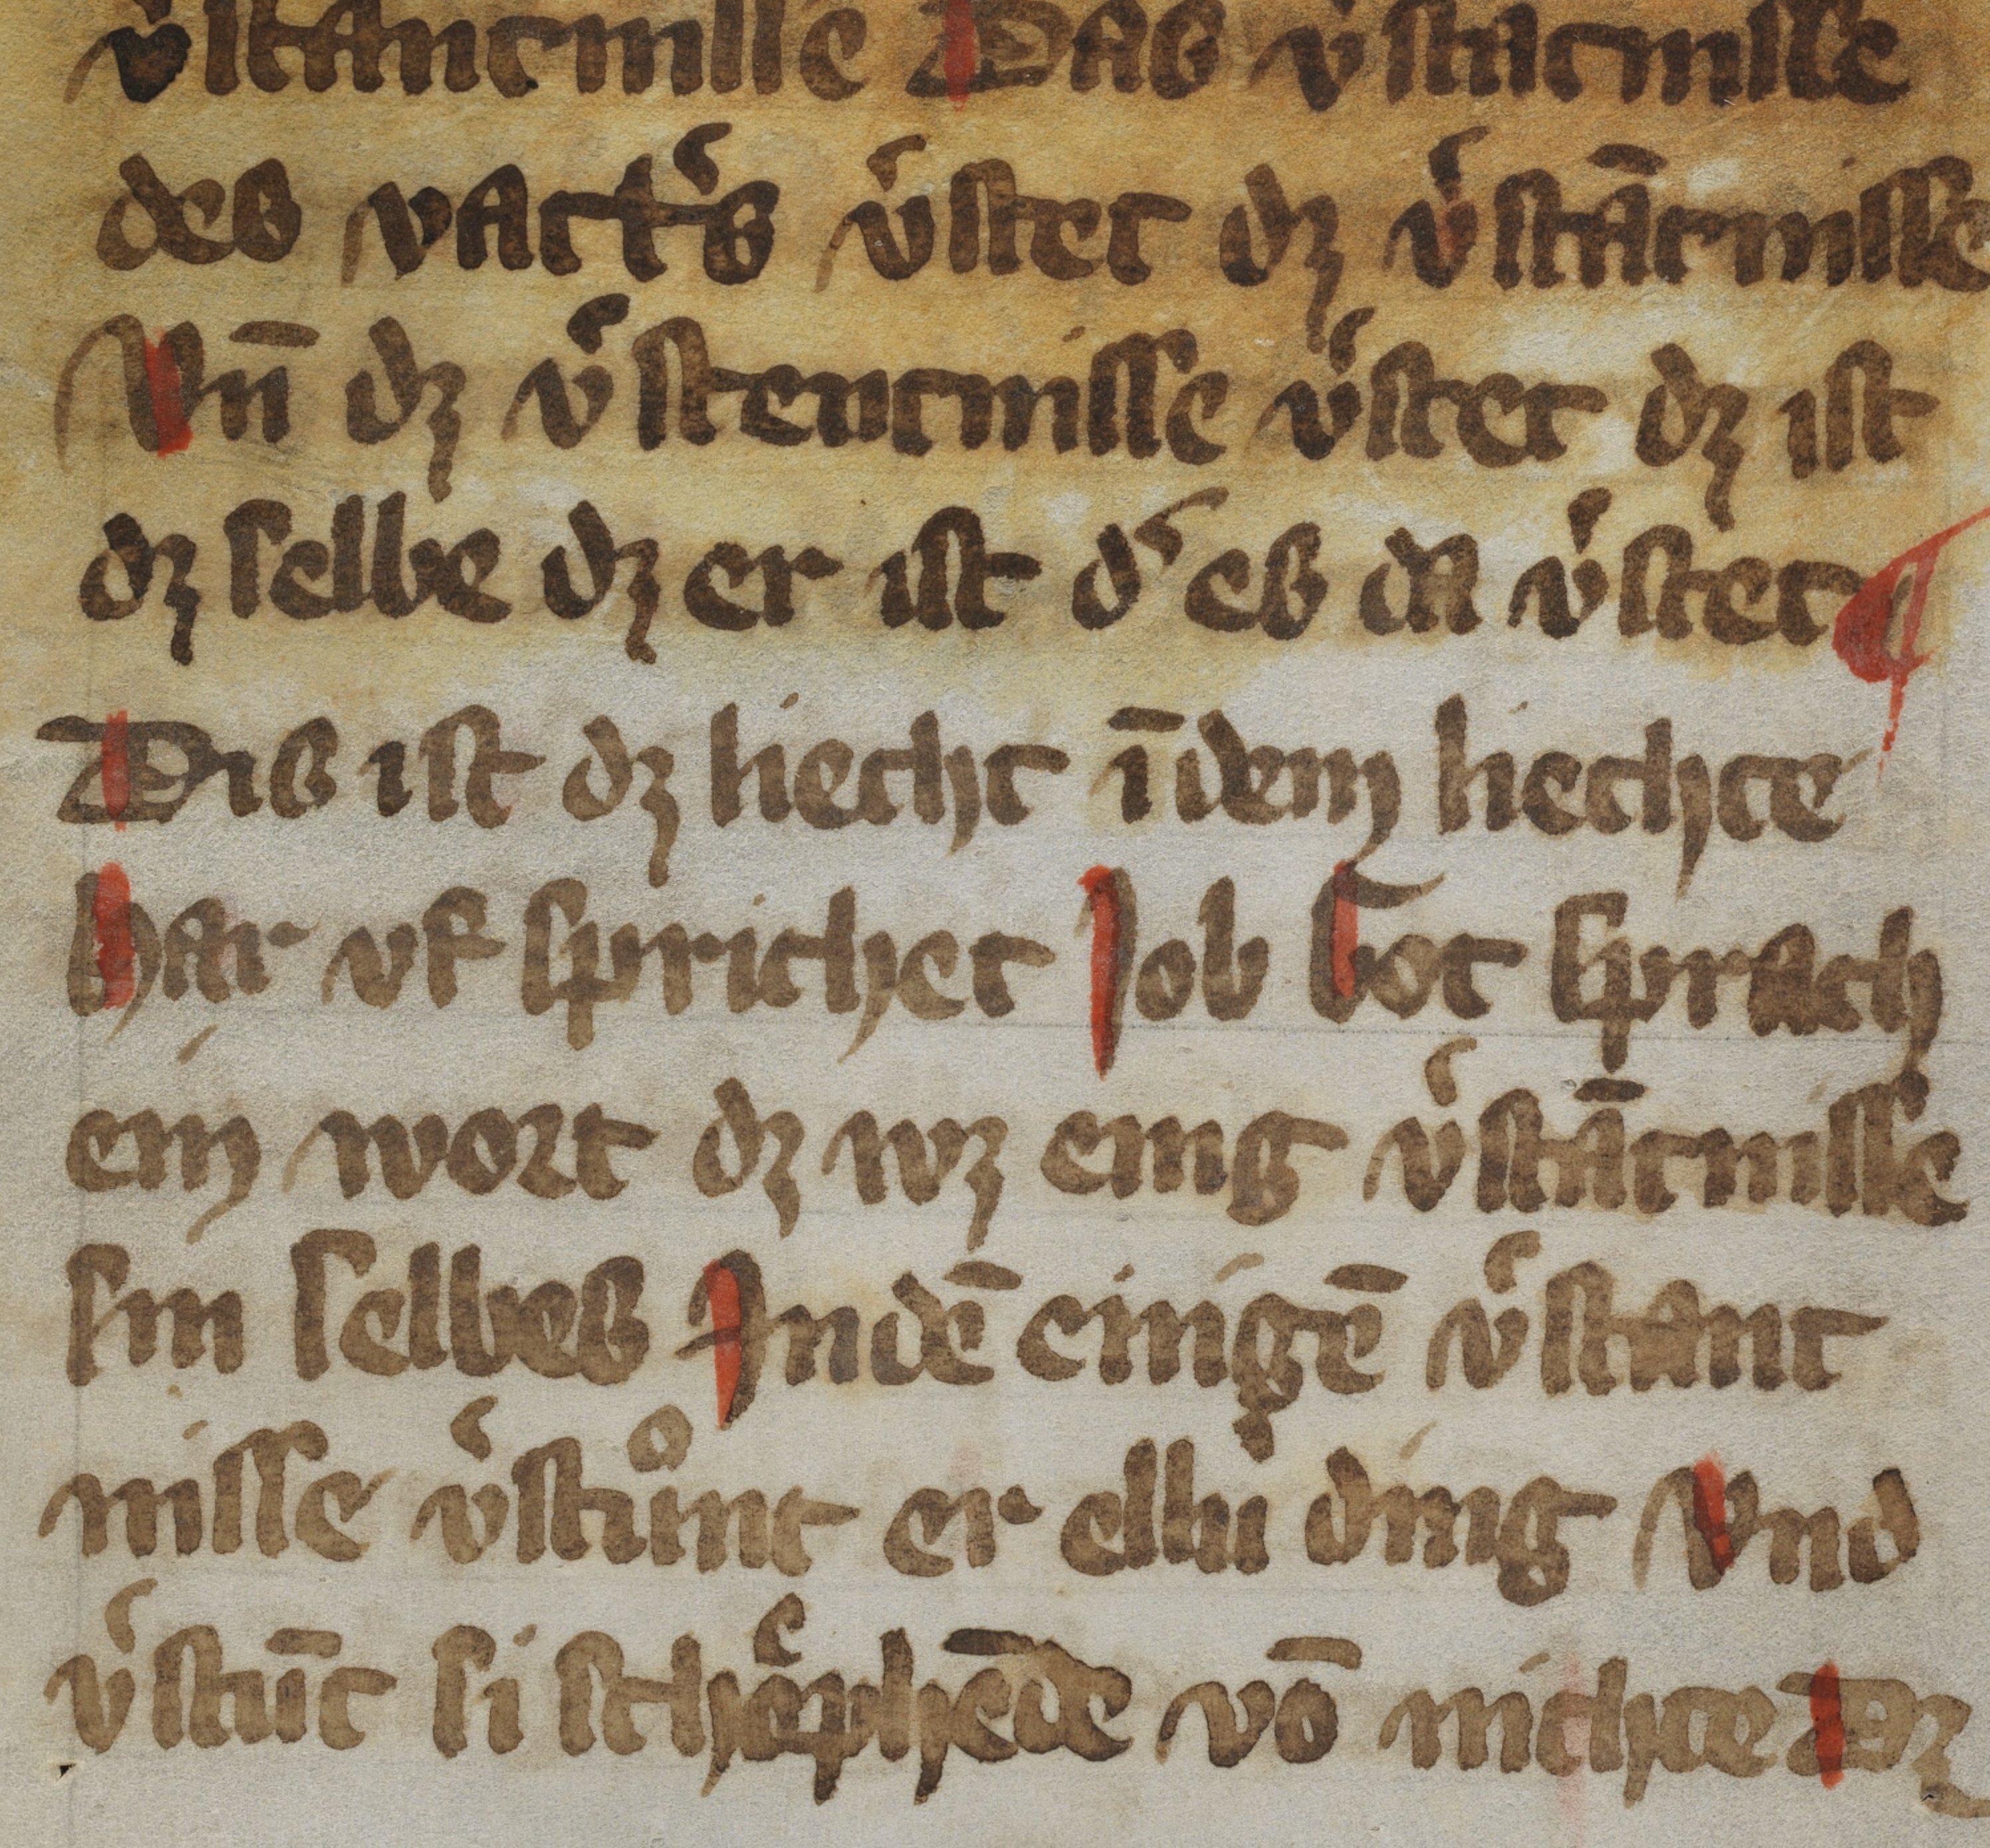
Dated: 1350–1399